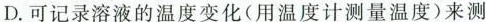
D.可记录溶液的温度变化(用温度计测量温度)来测